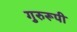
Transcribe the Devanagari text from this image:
गुरुरूपी